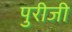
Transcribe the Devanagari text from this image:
पुरीजी